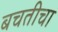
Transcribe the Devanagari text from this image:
बचतीचा